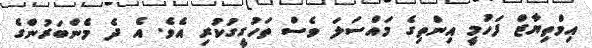
އިމްތިޔާޒް ފަހުމީ އިންތިގެ މައްސަލަ ވެސް ތަހުގީގުކުރި އެވެ. އެ ދެ މެންބަރުންގެ